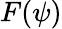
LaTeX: F(\psi)